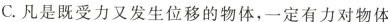
C.凡是既受力又发生位移的物体，一定有力对物体